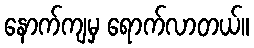
နောက်ကျမှ ရောက်လာတယ်။